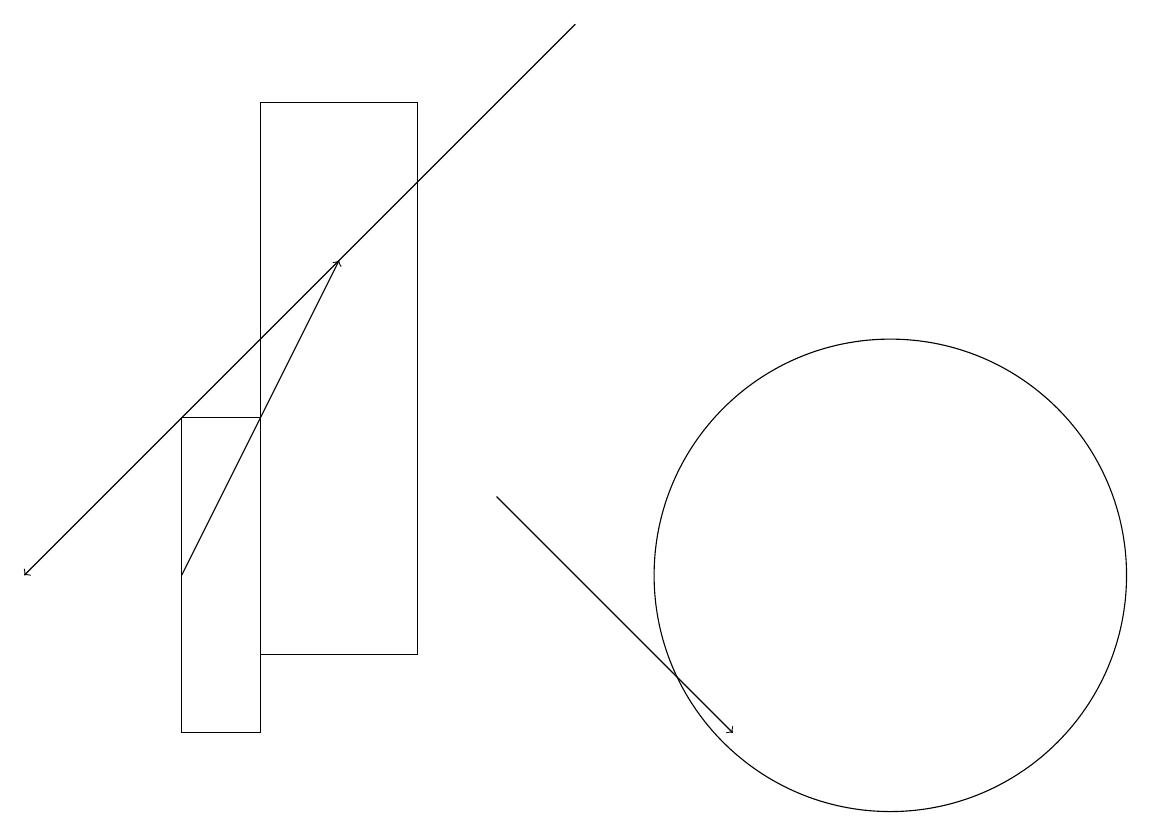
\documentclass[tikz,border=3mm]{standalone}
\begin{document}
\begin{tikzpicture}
\draw[->] (2,12) -- (4,16);
\draw (2,14) rectangle (3,10);
\draw[->] (6,13) -- (9,10);
\draw (11,12) circle (3);
\draw[->] (7,19) -- (0,12);
\draw (3,18) rectangle (5,11);
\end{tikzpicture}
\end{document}